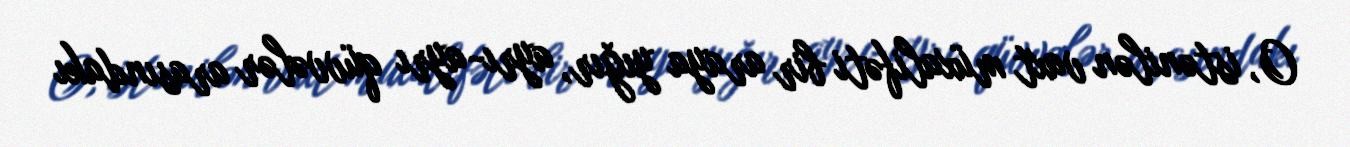
O, istənilən vaxt müxalifəti bir araya yığır, ayrı-ayrı qüvvələr arasındakı